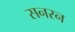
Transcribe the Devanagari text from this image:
सनरन